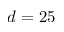
d = 2 5